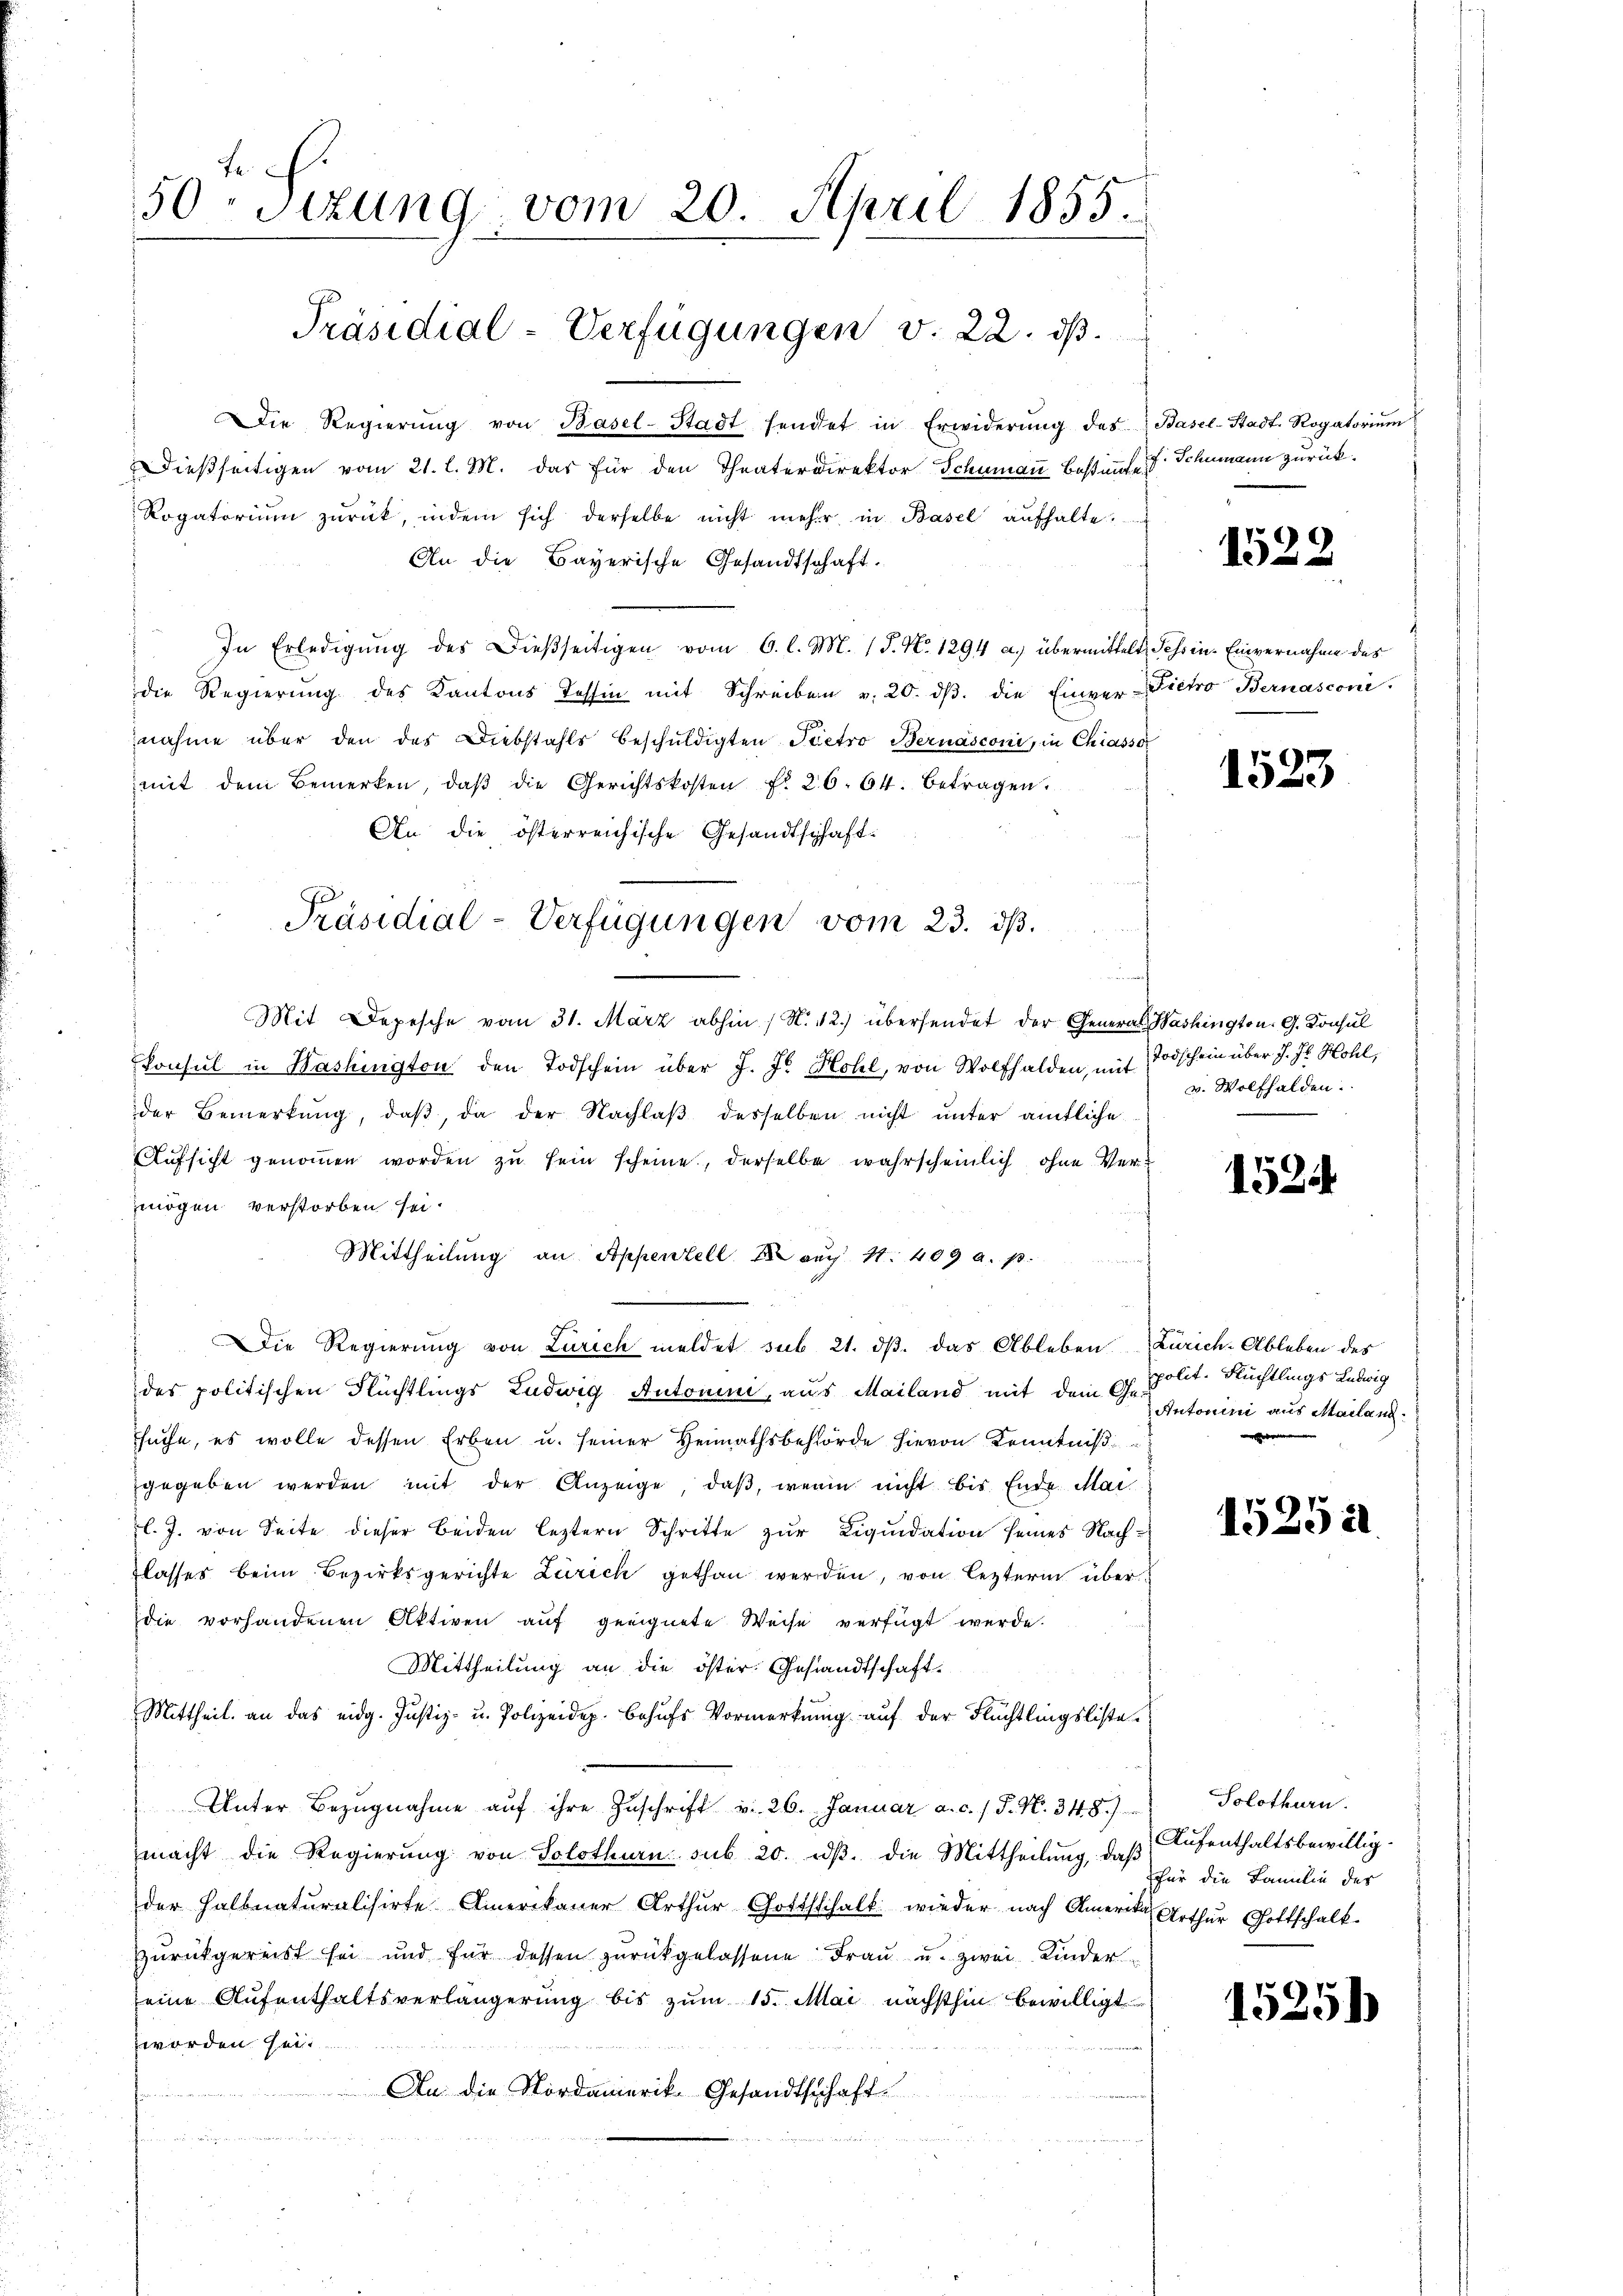
fe
50 Sizung vom 20. April 1855.
Präsidial-Verfügungen v. 22. ds.

Die Regierŭng von Basel-Stadt sendet in Erwiderŭng des Basel-Stadt. Rogatoriŭm
Dieβseitigen vom 21. l. M. das für den Theaterdirektor Schumaṅ Baßin Schumann zurück¬
Rogatoriŭm zŭrück, indem sich derselbe nicht mehr in Basel aufhalte.
An die Bayerische Gesandtschaft.
In Erledigŭng des Dieβseitigen vom 6. l. M. (T. N. 1294 a.) übermittelt Schwin-Einvernahme des
die Regierŭng des Kantons Tessin mit Schreiben v. 20. dβ. die Einver-Fietro Bernasconi
nahme über den des Diebstahls beschŭldigten Pietro Bernasconi, in Chiassor
mit dem Bemerken, daβ die Gerichtskosten No 26. 64. betragen.
An die österreichische Gesandtschaft-
Mit Depesche vom 31. März abhin (N. 12) übersendet der General Washington. G. Konsul
konsul in Washington den Todschein über J. J. Hohl, von Wolfhalden, mit Todschein über J. J. Hohl,
der Bemerkŭng, daβ, da der Nachlaβ desselben nicht unter amtliche
Aufsicht genommen worden zu sein scheine, derselbe wahrscheinlich, ohne Vermögen verstorben sei.
Mittheilung an Appenzell auch 11. 409 a. p.
und
Die Regierung von Zürich meldet sub 21. dβ. das Ableben Zürich-Ableben des
des politischen Flüchtlings Ludwig Autorii, aus Mailand mit dem Ge-
suche, es wolle dessen Erben u. seiner Heimathsbehörde hievon Kenntniß
gegeben werden mit der Anzeige, daβ, wenn nicht bis Ende Mai
l. J. von Seite dieser beiden leztern Schritte zur Liquidation seines Nachlasses beim Bezirksgerichte Zürich gethan werden, von leztern überdie vorhandenen Aktiven auf geeignete Weise verfügt werde.
Mittheilung an die öster Gesandtschaft.
Mittheil an das eidg. Justiz- u. Polizeidep. behŭfs Vormerkŭng auf der Flüchtlingsliste
Unter Bezŭgnahme aŭf ihre Zŭschrift v. 26. Januar a. c. / P. N. 348.)
macht die Regierŭng von Solothurn sub 20. dβ. die Mittheilŭng, daβ
der halbnaturalisirte Amerikaner Arthur Gottschalt wieder nach Amerika, Arthur Gottschalk.
zŭrückgereist sei und für dessen zŭrückgelassene Fraŭ u. zwei Kinder
seine Aufenthaltsverlängerung bis zum 15. Mai nächsthin bewilligt
worden sei.
An die Nordamerik. Gesandtschaft.
n

Präsidial-Verfügungen vom 23. ds.

1522

1523

v. Wolfhalden.

1524

polit. Rüchtlings Ludwig
Antonini aus Mailanz.
e

15252

Solothurn.
Aufenthaltsbewillig.
für die Familie des

15251